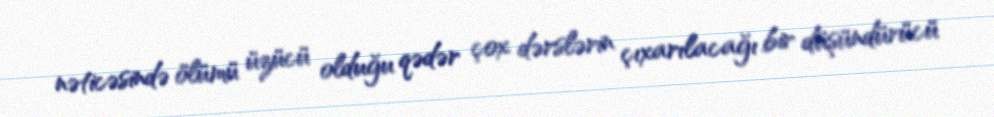
nəticəsində ölümü üzücü olduğu qədər çox dərslərin çıxarılacağı bir düşündürücü